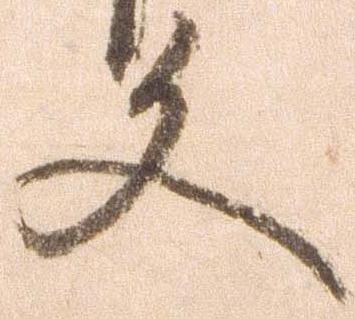
文